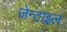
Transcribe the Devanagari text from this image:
जेन्टाइल